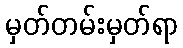
မှတ်တမ်းမှတ်ရာ